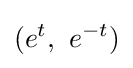
(e^{t},\ e^{-t})